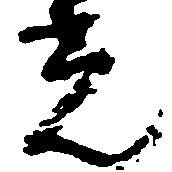
光